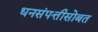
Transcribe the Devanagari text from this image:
धनसंपत्तीसोबत